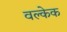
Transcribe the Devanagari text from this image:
वल्केक